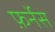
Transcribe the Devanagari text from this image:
फ़र्नेस